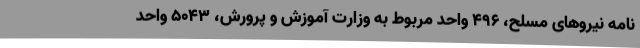
نامه نیروهای مسلح، ۴۹۶ واحد مربوط به وزارت آموزش و پرورش، ۵۰۴۳ واحد